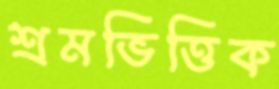
শ্রমভিত্তিক